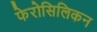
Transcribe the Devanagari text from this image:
फेरोसिलिकन